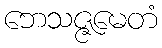
ဘေသဇ္ဇမေတံ